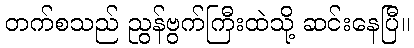
တက်စသည် ညွန်ဗွက်ကြီးထဲသို့ ဆင်းနေပြီ။